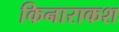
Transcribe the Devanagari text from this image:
किनाराकश